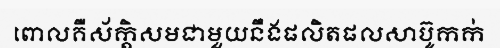
ពោលគឺស័ក្តិសមជាមួយនឹងផលិតផលសាប៊ូកក់